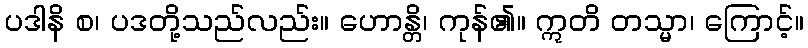
ပဒါနိ စ၊ ပဒတို့သည်လည်း။ ဟောန္တိ၊ ကုန်၏။ ဣတိ တသ္မာ၊ ကြောင့်။